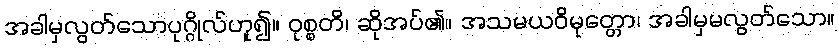
အခါမှလွတ်သောပုဂ္ဂိုလ်ဟူ၍။ ဝုစ္စတိ၊ ဆိုအပ်၏။ အသမယဝိမုတ္တော၊ အခါမှမလွတ်သော။